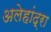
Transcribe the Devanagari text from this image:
अलेहांद्रा